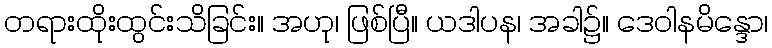
တရားထိုးထွင်းသိခြင်း။ အဟု၊ ဖြစ်ပြီ။ ယဒါပန၊ အခါ၌။ ဒေဝါနမိန္ဒော၊